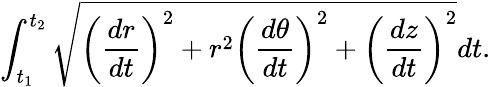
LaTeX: \int_{t_{1}}^{t_{2}}{\sqrt{\left({\frac{dr}{dt}}\right)^{2}+r^{2}\left({\frac{d\theta}{dt}}\right)^{2}+\left({\frac{dz}{dt}}\right)^{2}}}dt.